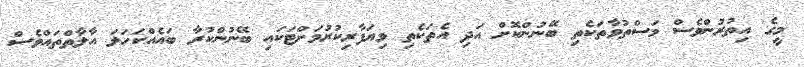
މީގެ އިތުރުންވެސް މަސްތުވާތަކެތި ބޭނުންކޮށް އަދި އެތަކެތި ވިޔަފާރިކުރުމަށްޓަކައި ބޭނުންކުރާ ބައެއްކަހަލަ އާލާތްތައްވެސް